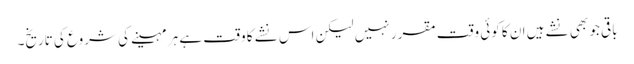
باقی جو بھی نشے ہیں ا ن کا کوئی وقت مقرر نہیں لیکن اس نشے کا وقت ہے ہر مہینے کی شروع کی تاریخ۔